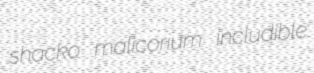
shacko malicorium includible